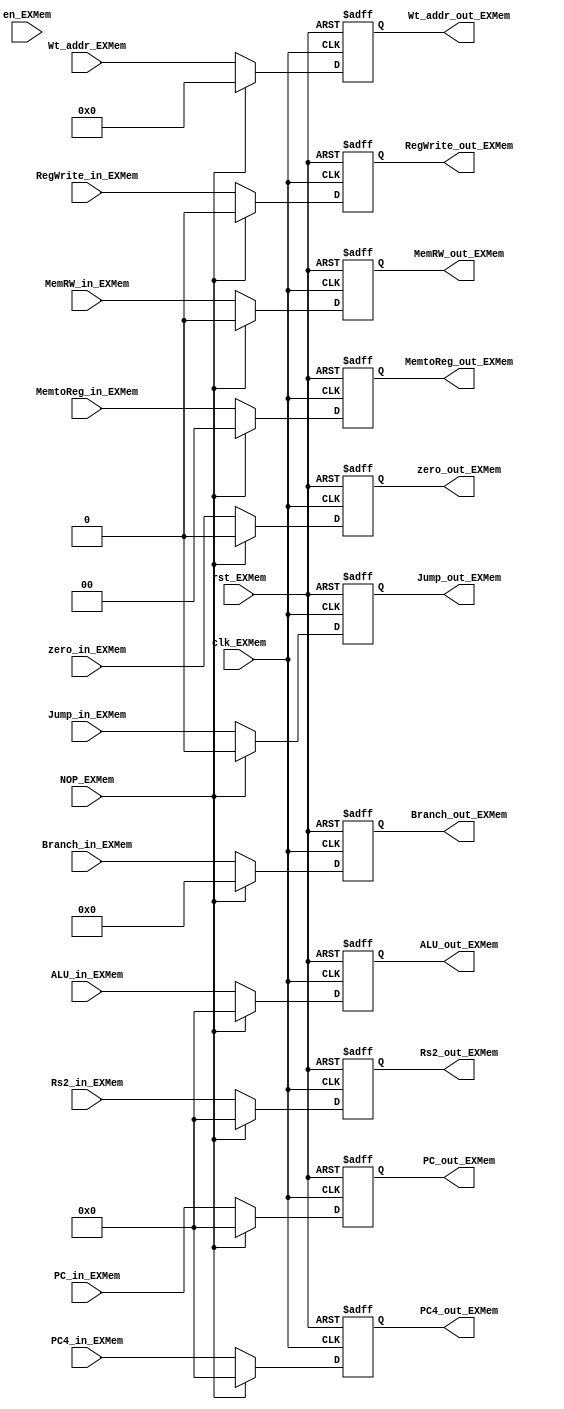
module EX_reg_MEM (
    input clk_EXMem, //
    input rst_EXMem, //
    input en_EXMem, //
    input NOP_EXMem, //
    
    input[31:0] PC_in_EXMem, //PC
    input[31:0] PC4_in_EXMem, //PC+4
    input [4:0] Wt_addr_EXMem, //
    input zero_in_EXMem, //zero
    input[31:0] ALU_in_EXMem, //ALU
    input[31:0] Rs2_in_EXMem, //2
    input [3:0] Branch_in_EXMem, //Branch
    input MemRW_in_EXMem, //
    input Jump_in_EXMem, //Jal
    input [1:0] MemtoReg_in_EXMem, //
    input RegWrite_in_EXMem, //

    output reg[31:0] PC_out_EXMem, //PC
    output reg[31:0] PC4_out_EXMem, //PC+4
    output reg[4:0] Wt_addr_out_EXMem, //
    output reg zero_out_EXMem, //zero
    output reg[31:0] ALU_out_EXMem, //ALU
    output reg[31:0] Rs2_out_EXMem, //2
    output reg [3:0] Branch_out_EXMem, //Branch
    output reg MemRW_out_EXMem, //
    output reg Jump_out_EXMem, //Jal
    output reg [1:0] MemtoReg_out_EXMem, //
    output reg RegWrite_out_EXMem //
);

    always @(posedge clk_EXMem or posedge rst_EXMem) begin
        if (rst_EXMem==1) begin
            PC_out_EXMem <= 0;
            PC4_out_EXMem <= 0;
            Wt_addr_out_EXMem <= 0;
            zero_out_EXMem <= 0;
            ALU_out_EXMem <= 0;
            Rs2_out_EXMem <= 0;
            Branch_out_EXMem <= 0;
            MemRW_out_EXMem <= 0;
            Jump_out_EXMem <= 0;
            MemtoReg_out_EXMem <= 0;
            RegWrite_out_EXMem <= 0;
        end else if (NOP_EXMem == 1) begin
            PC_out_EXMem <= 0;
            PC4_out_EXMem <= 0;
            Wt_addr_out_EXMem <= 0;
            zero_out_EXMem <= 0;
            ALU_out_EXMem <= 0;
            Rs2_out_EXMem <= 0;
            Branch_out_EXMem <= 0;
            MemRW_out_EXMem <= 0;
            Jump_out_EXMem <= 0;
            MemtoReg_out_EXMem <= 0;
            RegWrite_out_EXMem <= 0;
        end
        else begin
            PC_out_EXMem <= PC_in_EXMem;
            PC4_out_EXMem <= PC4_in_EXMem;
            Wt_addr_out_EXMem <= Wt_addr_EXMem;
            zero_out_EXMem <= zero_in_EXMem;
            ALU_out_EXMem <= ALU_in_EXMem;
            Rs2_out_EXMem <= Rs2_in_EXMem;
            Branch_out_EXMem <= Branch_in_EXMem;
            MemRW_out_EXMem <= MemRW_in_EXMem;
            Jump_out_EXMem <= Jump_in_EXMem;
            MemtoReg_out_EXMem <= MemtoReg_in_EXMem;
            RegWrite_out_EXMem <= RegWrite_in_EXMem;
        end
    end
endmodule //EX_reg_MEM